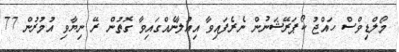
މޯލްޑިވްސް ހައްޖު ކޯޕަރޭޭޝަނުން ނެރެފައިވާ އިޢުލާނެއްގައިވާ ގޮތުން ރޭ ނިޔާވި އުމުރުން 77